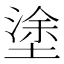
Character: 塗